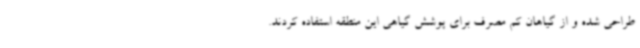
طراحی شده و از گیاهان کم مصرف برای پوشش گیاهی این منطقه استفاده کردند.